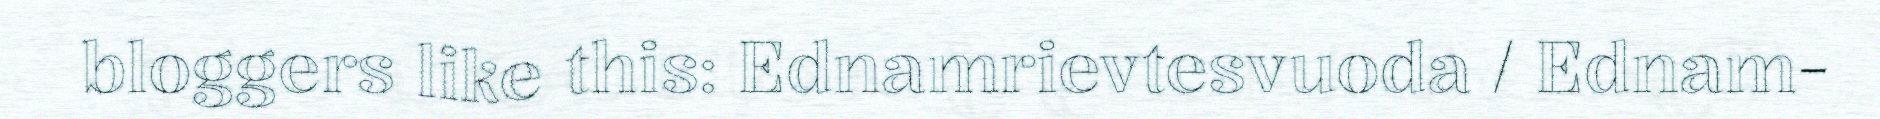
bloggers like this: Ednamrievtesvuoda / Ednam-